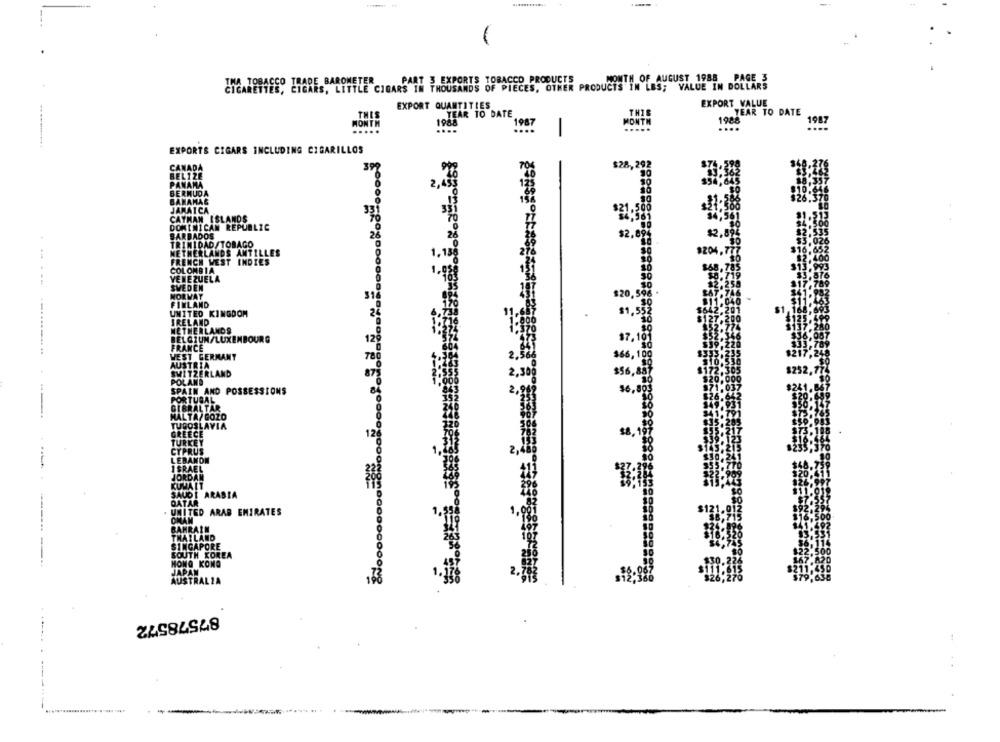
-
THA TOBACCO TRADE BAROMETER
PART 3 EXPORTS TOBACCO PRODUCTS
MONTH OF AUGUST 1988 PAGE 3
CIGARETTES, CIGARS, LITTLE CIGARS IN THOUSANDS OF PIECES, OTHER PRODUCTS IN LBS; VALUE IN DOLLARS
EXPORT VALUE
EXPORT QUANTITIES
YEAR TO DATE
THIS
YEAR TO DATE
1988
1987
MON
1987
.....
EXPORTS CIGARS INCLUDING CIGARILLOS
$28,292
CANADA
BELIZE
PANAMA
BERMUDA
BAHAMAS
JAMAICA
CAYMAN ISLANDS
DOMINICAN REPUBLIC
BARBADOS
TRINIDAD TOBAGO
NETHERLANDS ANTILLES
FRENCH WEST INDIES
COLOMBIA
VENEZUELA
SVEDEN
NORWAY
FINLAND
UNITED KINGDOM
2
IRELAND
NETHERLANDS
BELGIUM/LUXEMBOURG
129
FRANCE
VEST GER
BLAND
AND POSSESSIONS
IALT
TOI ARABIA
TAR
---
ITED ARAB EMIRATES
LAND
SAPORE
H KOREA
KONG
TRALIA
87578572